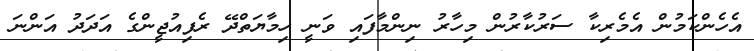
އެހެންކަމުން އެމެރިކާ ސަރުކާރުން މިހާރު ނިންމާފައި ވަނީ ހިމާޔަތްދޭ ރެފިއުޖީންގެ އަދަދު އަންނަ